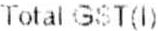
TOTAL GST(L)